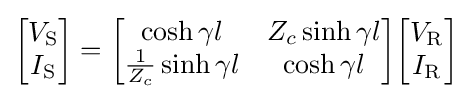
{\begin{bmatrix}V_{\mathrm {S} }\\I_{\mathrm {S} }\\\end{bmatrix}}={\begin{bmatrix}\cosh \gamma l&Z_{c}\sinh \gamma l\\{\frac {1}{Z_{c}}}\sinh \gamma l&\cosh \gamma l\end{bmatrix}}{\begin{bmatrix}V_{\mathrm {R} }\\I_{\mathrm {R} }\\\end{bmatrix}}